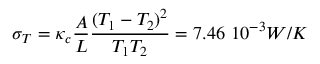
\sigma _ { T } = \kappa _ { c } \frac { A } { L } \frac { ( T _ { 1 } - T _ { 2 } ) ^ { 2 } } { T _ { 1 } T _ { 2 } } = 7 . 4 6 \ 1 0 ^ { - 3 } W / K